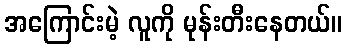
အကြောင်းမဲ့ လူကို မုန်းတီးနေတယ်။